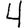
Digit: 4